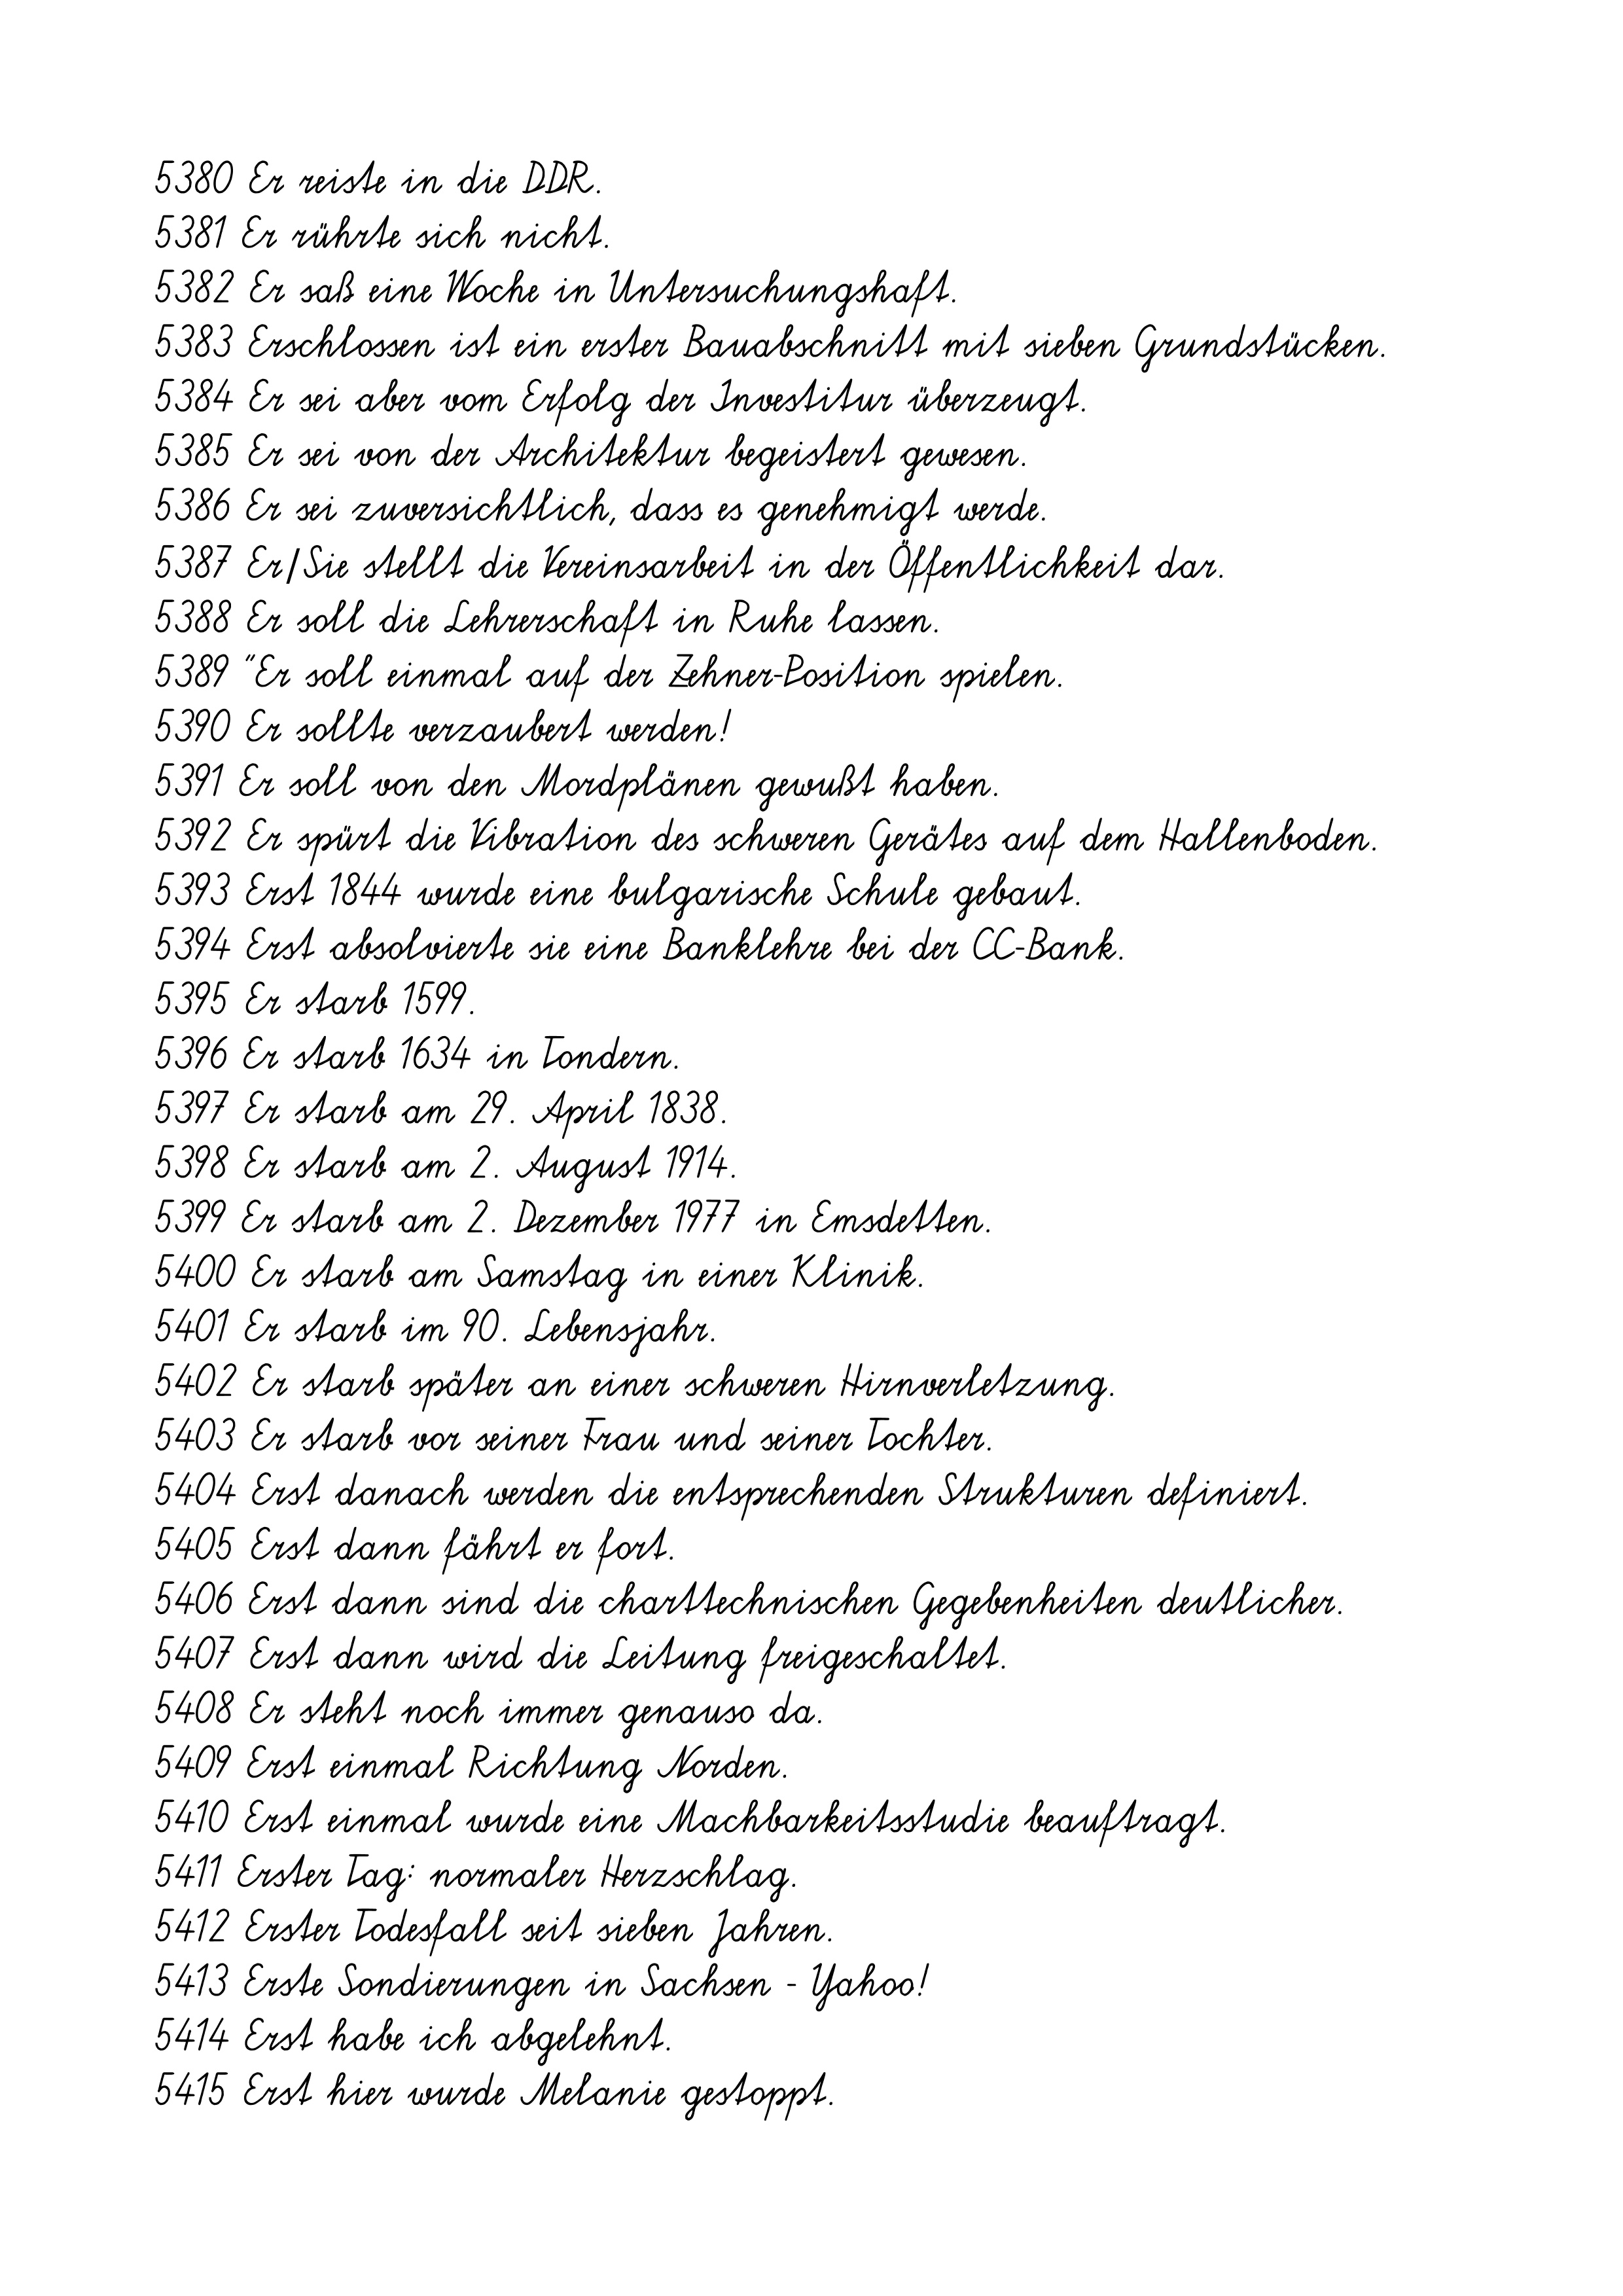
5380 Er reiste in die DDR.
5381 Er rührte sich nicht.
5382 Er saß eine Woche in Untersuchungshaft.
5383 Erschlossen ist ein erster Bauabschnitt mit sieben Grundstücken.
5384 Er sei aber vom Erfolg der Investitur überzeugt.
5385 Er sei von der Architektur begeistert gewesen.
5386 Er sei zuversichtlich, dass es genehmigt werde.
5387 Er/Sie stellt die Vereinsarbeit in der Öffentlichkeit dar.
5388 Er soll die Lehrerschaft in Ruhe lassen.
5389 "Er soll einmal auf der Zehner-Position spielen.
5390 Er sollte verzaubert werden!
5391 Er soll von den Mordplänen gewußt haben.
5392 Er spürt die Vibration des schweren Gerätes auf dem Hallenboden.
5393 Erst 1844 wurde eine bulgarische Schule gebaut.
5394 Erst absolvierte sie eine Banklehre bei der CC-Bank.
5395 Er starb 1599.
5396 Er starb 1634 in Tondern.
5397 Er starb am 29. April 1838.
5398 Er starb am 2. August 1914.
5399 Er starb am 2. Dezember 1977 in Emsdetten.
5400 Er starb am Samstag in einer Klinik.
5401 Er starb im 90. Lebensjahr.
5402 Er starb später an einer schweren Hirnverletzung.
5403 Er starb vor seiner Frau und seiner Tochter.
5404 Erst danach werden die entsprechenden Strukturen definiert.
5405 Erst dann fährt er fort.
5406 Erst dann sind die charttechnischen Gegebenheiten deutlicher.
5407 Erst dann wird die Leitung freigeschaltet.
5408 Er steht noch immer genauso da.
5409 Erst einmal Richtung Norden.
5410 Erst einmal wurde eine Machbarkeitsstudie beauftragt.
5411 Erster Tag: normaler Herzschlag.
5412 Erster Todesfall seit sieben Jahren.
5413 Erste Sondierungen in Sachsen - Yahoo!
5414 Erst habe ich abgelehnt.
5415 Erst hier wurde Melanie gestoppt.